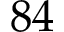
8 4